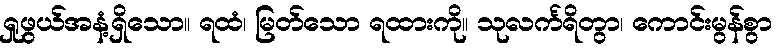
ရှုဖွယ်အနံ့ရှိသော။ ရထံ၊ မြတ်သော ရထားကို။ သုလင်္ကရိတွာ၊ ကောင်းမွန်စွာ